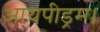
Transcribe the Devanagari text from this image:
आयपीड्रम।